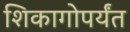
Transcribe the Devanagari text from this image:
शिकागोपर्यंत